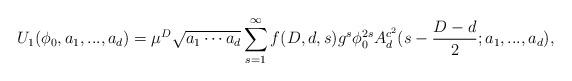
LaTeX: \begin{align*}U_{1}(\phi _{0},a_{1},...,a_{d})=\mu ^{D}\sqrt{a_{1}\cdots a_{d}}\sum_{s=1}^{\infty }f(D,d,s)g^{s}\phi _{0}^{2s}A_{d}^{c^{2}}(s-\frac{D-d}{2};a_{1},...,a_{d}), \end{align*}